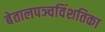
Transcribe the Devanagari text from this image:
बेतालपञ्चविंशतिका